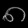
Digit: ၈